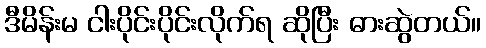
ဒီမိန်းမ ငါးပိုင်းပိုင်းလိုက်ရ ဆိုပြီး ဓားဆွဲတယ်။